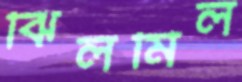
ঝিলমিল